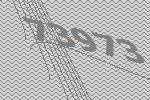
73973